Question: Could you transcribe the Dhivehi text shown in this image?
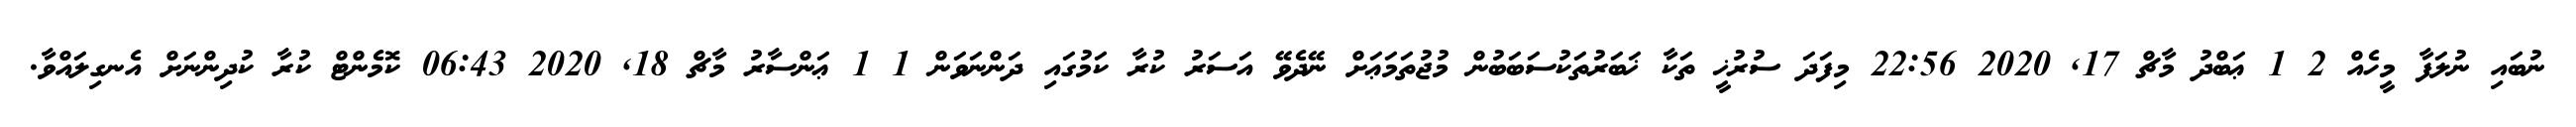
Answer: ނުބައި ނުލަފާ މީހެއް 2 1 ޢަބްދު މާޗް 17, 2020 22:56 މިފަދަ ސުރުޚީ ތަކާ ޚަބަރުތަކުސަބަބުން މުޖުތަމަޢަށް ނޭދެވޭ އަސަރު ކުރާ ކަމުގައި ދަންނަވަން 1 1 ޢަންސާރު މާޗް 18, 2020 06:43 ކޮމެންޓް ކުރާ ކުދިންނަށް އެނގިލައްވާ.